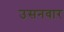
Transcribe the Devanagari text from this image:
उसनवार